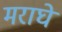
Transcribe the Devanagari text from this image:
मराघे